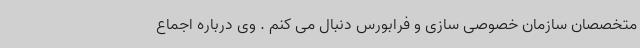
متخصصان سازمان خصوصی سازی و فرابورس دنبال می کنم . وی درباره اجماع